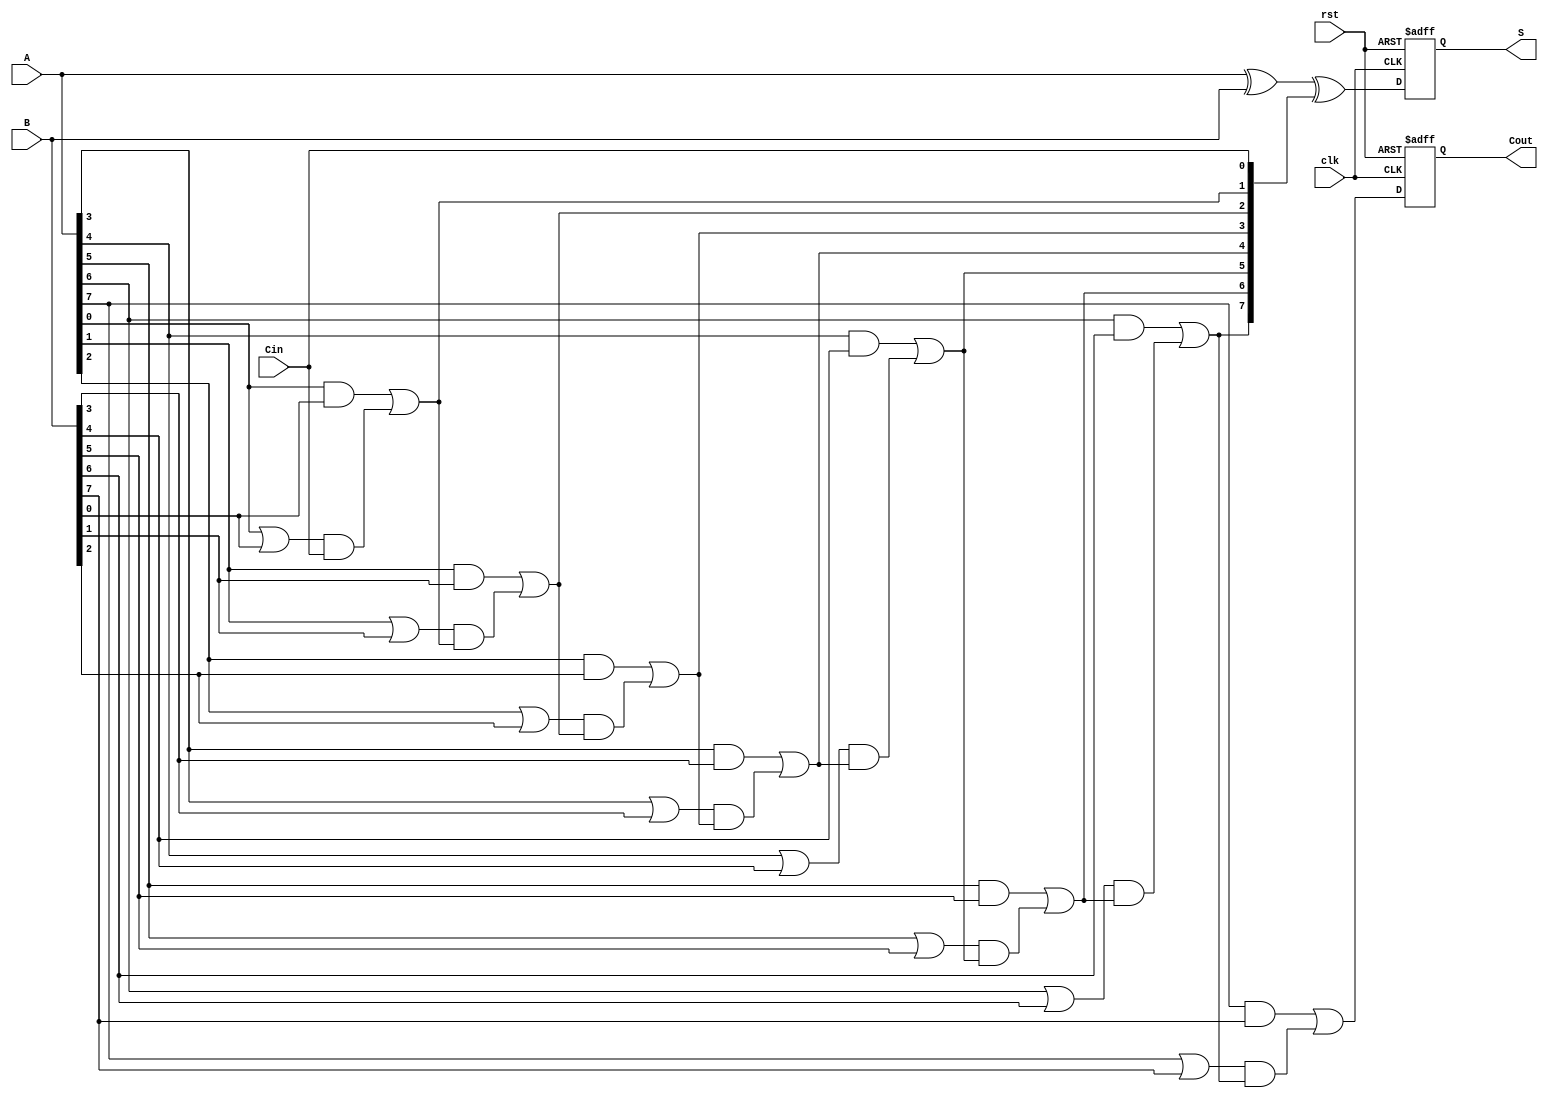
module PCLA #(parameter N = 8) (
    input  wire [N-1:0] A,      // First n-bit input
    input  wire [N-1:0] B,      // Second n-bit input
    input  wire Cin,             // Carry-in
    input  wire clk,             // Clock signal
    input  wire rst,             // Reset signal
    output reg [N-1:0] S,        // n-bit sum output
    output reg Cout              // Carry-out
);

    // Intermediate signals
    wire [N-1:0] G;             // Generate signals
    wire [N-1:0] P;             // Propagate signals
    wire [N:0] C;               // Carry signals

    // Stage 1: Generate and Propagate
    genvar i;
    generate
        for (i = 0; i < N; i = i + 1) begin : gen_prop
            assign G[i] = A[i] & B[i]; // Generate
            assign P[i] = A[i] | B[i]; // Propagate
        end
    endgenerate

    // Stage 2: Carry Calculation
    assign C[0] = Cin; // Initial carry-in
    generate
        for (i = 1; i <= N; i = i + 1) begin : carry_calc
            assign C[i] = G[i-1] | (P[i-1] & C[i-1]); // Carry
        end
    endgenerate

    // Stage 3: Sum Calculation
    always @(posedge clk or posedge rst) begin
        if (rst) begin
            S <= 0;
            Cout <= 0;
        end else begin
            S <= A ^ B ^ C[N-1:0]; // Sum
            Cout <= C[N];         // Final carry-out
        end
    end

endmodule